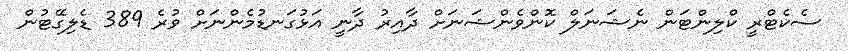
ސެކެޓްރީ ކްލިންޓަން ނެޝަނަލް ކޮންވެންޝަނަށް ދާއިރު ދާނީ އަޅުގަނޑުމެންނަށް ވުރެ 389 ޑެލިގޭޓުން